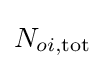
N_{oi,\mathrm {tot} }